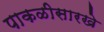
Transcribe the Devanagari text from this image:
पाकळीसारखे